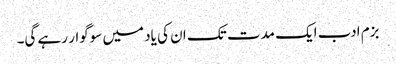
بزم ادب ایک مدت تک ان کی یاد میں سوگوار رہے گی۔